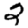
Digit: 2